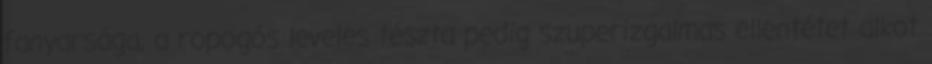
fanyarsága, a ropogós leveles tészta pedig szuperizgalmas ellentétet alkot